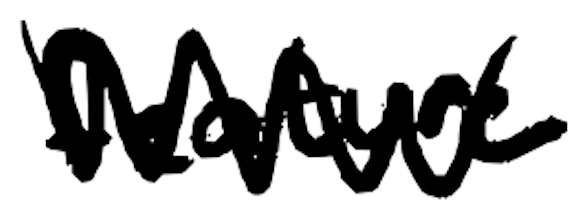
Text: feature
Cross-out: zig-zag
Writing tool: digital_black